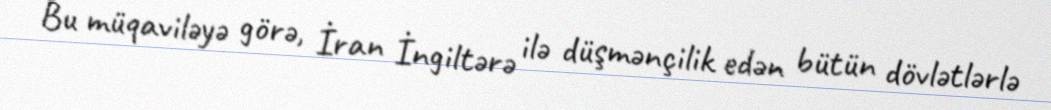
Bu müqaviləyə görə, İran İngiltərə ilə düşmənçilik edən bütün dövlətlərlə